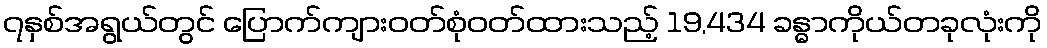
၇နှစ်အရွယ်တွင် ပြောက်ကျားဝတ်စုံဝတ်ထားသည့် 19,434 ခန္ဓာကိုယ်တခုလုံးကို